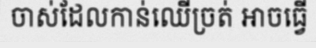
ចាស់ដែលកាន់ឈើច្រត់ អាចធ្វើ